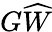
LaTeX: G\widehat{W}